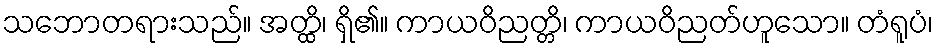
သဘောတရားသည်။ အတ္ထိ၊ ရှိ၏။ ကာယဝိညတ္တိ၊ ကာယဝိညတ်ဟူသော။ တံရူပံ၊